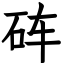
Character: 砗